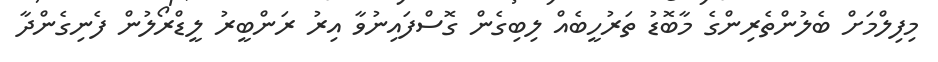
މިފިލްމަށް ބެލުންތެރިންގެ މާބޮޑު ތަރުހީބެއް ލިބިގެން ގޮސްފައިނުވާ އިރު ރަންބީރު ލީޑްރޯލުން ފެނިގެންދާ